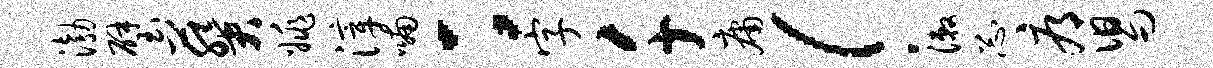
渤璧葵姚滓喃：字千庸！漱忐辱舄